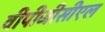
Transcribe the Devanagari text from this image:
वीपीजीसीएल